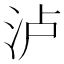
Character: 泸